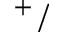
^ + /